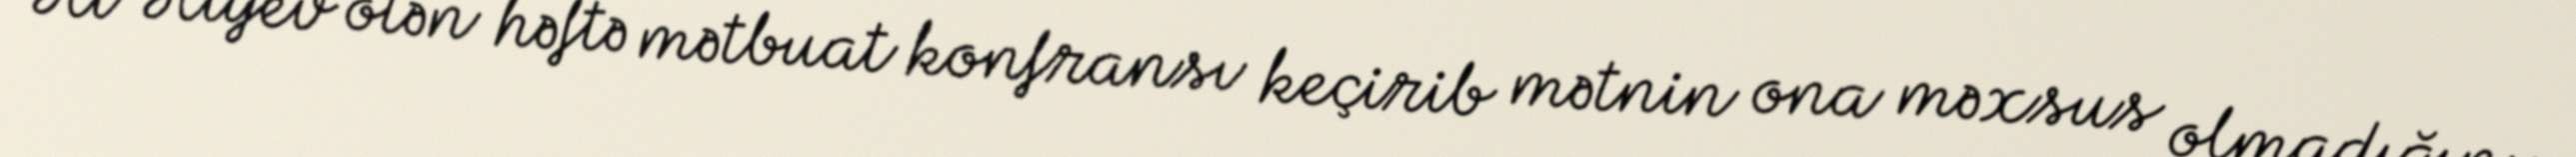
Əli Əliyev ötən həftə mətbuat konfransı keçirib mətnin ona məxsus olmadığını,